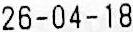
26-04-18